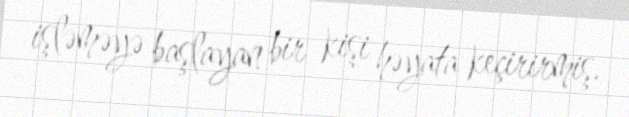
işləməyə başlayan bir kişi həyata keçirirmiş.